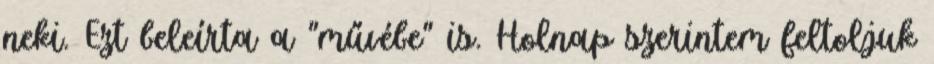
neki. Ezt beleírta a "művébe" is. Holnap szerintem feltoljuk